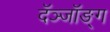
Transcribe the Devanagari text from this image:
दॅञ्जॉङ्ग